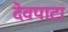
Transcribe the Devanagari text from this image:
देवपाटा